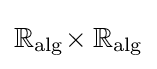
\mathbb {R} _{\mathrm {alg} }\!\times \mathbb {R} _{\mathrm {alg} }